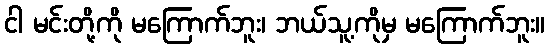
ငါ မင်းတို့ကို မကြောက်ဘူး၊ ဘယ်သူ့ကိုမှ မကြောက်ဘူး။